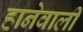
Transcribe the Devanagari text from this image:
हानेवाली